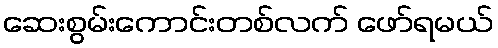
ဆေးစွမ်းကောင်းတစ်လက် ဖော်ရမယ်